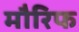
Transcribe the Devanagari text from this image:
मौरिफ